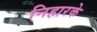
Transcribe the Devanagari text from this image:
निहारके